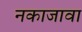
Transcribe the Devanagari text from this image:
नकाजावा